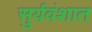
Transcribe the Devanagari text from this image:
सुर्यवंशात